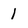
Character: 1